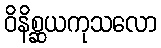
ဝိနိစ္ဆယကုသလော